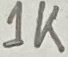
Text: 1K